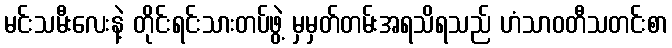
မင်းသမီးလေးနဲ့ တိုင်းရင်းသားတပ်ဖွဲ့ မှမှတ်တမ်းအရသိရသည် ဟံသာဝတီသတင်းစာ